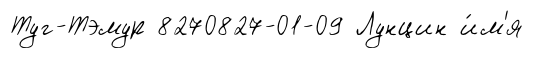
Туг-Тэмур 8270827-01-09 Лунцин и́м'я